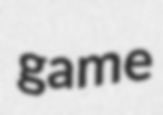
game